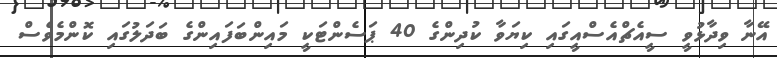
އޭނާ ވިދާޅުވީ ސީއެޗްއެސްއީގައި ކިޔަވާ ކުދިންގެ 40 ޕަސެންޓަކީ މައިންބަފައިންގެ ބަދަލުގައި ކޮންމެވެސް